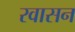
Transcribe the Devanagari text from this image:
रवासन